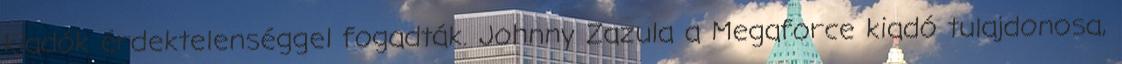
kiadók érdektelenséggel fogadták. Johnny Zazula a Megaforce kiadó tulajdonosa,